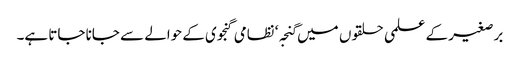
برصغیر کے علمی حلقوں میں گنجہ‘ نظامی گنجوی کے حوالے سے جانا جاتا ہے۔